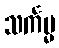
သင်္ကမ္မ